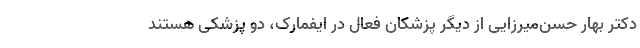
دکتر بهار حسن‌میرزایی از دیگر پزشکان فعال در ایفمارک، دو پزشکی هستند